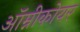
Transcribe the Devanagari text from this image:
ऑम्नीकोयर